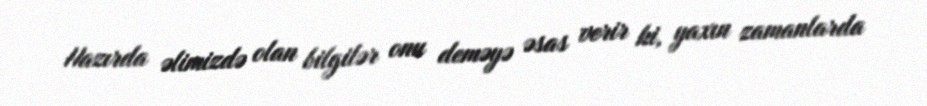
Hazırda əlimizdə olan bilgilər onu deməyə əsas verir ki, yaxın zamanlarda